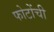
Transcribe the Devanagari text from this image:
फोटोंची